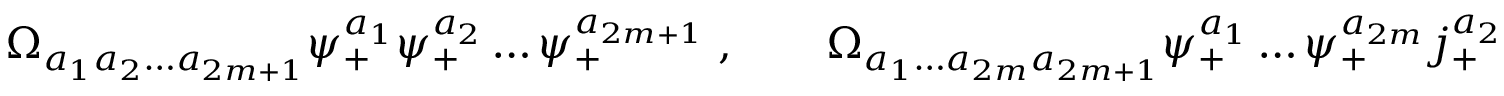
\Omega _ { a _ { 1 } a _ { 2 } \ldots a _ { 2 m + 1 } } \psi _ { + } ^ { a _ { 1 } } \psi _ { + } ^ { a _ { 2 } } \ldots \psi _ { + } ^ { a _ { 2 m + 1 } } \; , \qquad \Omega _ { a _ { 1 } \ldots a _ { 2 m } a _ { 2 m + 1 } } \psi _ { + } ^ { a _ { 1 } } \ldots \psi _ { + } ^ { a _ { 2 m } } j _ { + } ^ { a _ { 2 m + 1 } } \, ,